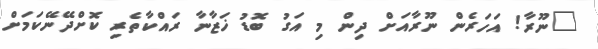
"ނޫރާ! އަހަރެން ނޫރާއަށް ދިން މި އަގު ބޮޑު ޚަޒާނާ ރައްކާތެރި ކޮށްދޭނޭކަމަށް